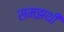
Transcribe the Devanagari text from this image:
समझथी